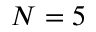
N = 5